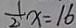
\frac { 1 } { 2 } x = 1 6